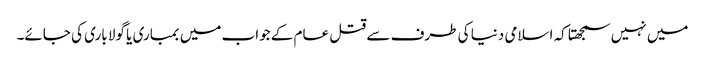
میں نہیں سمجھتا کہ اسلامی دنیا کی طرف سے قتل عام کے جواب میں بمباری یا گولا باری کی جائے۔